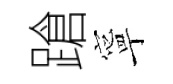
蹌寧